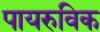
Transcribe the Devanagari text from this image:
पायरुविक